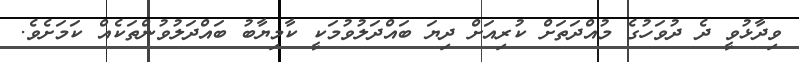
ވިދާޅުވީ ދެ ދުވަހުގެ މުއްދަތަށް ކުރިއަށް ދިޔަ ބައްދަލުވުމަކީ ކާމިޔާބު ބައްދަލުވުންތަކެއް ކަމަށެވެ.